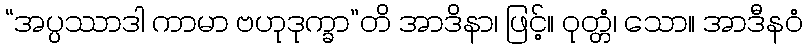
“အပ္ပဿာဒါ ကာမာ ဗဟုဒုက္ခာ”တိ အာဒိနာ၊ ဖြင့်။ ဝုတ္တံ၊ သော။ အာဒီနဝံ